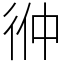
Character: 㣡